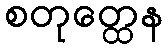
စတုတ္ထေန